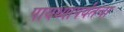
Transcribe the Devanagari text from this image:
पायथ्यापर्यंतचा